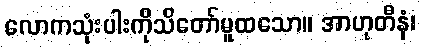
လောကသုံးပါးကိုသိတော်မူထသော။ အာဟုတီနံ၊